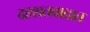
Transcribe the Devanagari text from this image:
दहशतवादात